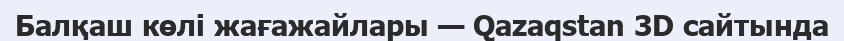
Балқаш көлі жағажайлары — Qazaqstan 3D сайтында